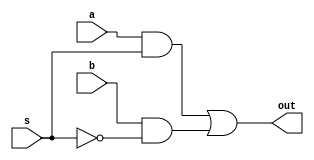
module mux2to1_gate (a, b, s, out);
  input a, b, s;
  output out;
  wire a1, a2, sn;
  
  
  not n1(sn, s);
  and and1(a1, a, s);
  and and2(a2, b, sn);
  
  or or1(out, a1, a2);
endmodule


//data flow modelling
module mux2to1_df(a,b,s,f);
  
input a, b, s;
  
output f;
  
assign f = s? a:b;
endmodule


//behavioralmodelling 
module mux2to1_beh(a,b,s,f);  
  
input a,b,s;
  
output f;
  
  
reg f;
  
always@(s or a or b)
  
     if(s==1) f=a;

       else f = b;
endmodule


module testbench;
  reg a, b, s;
  wire f;
  mux2to1_gate m(a, b, s, f);
  initial
    begin
      $monitor(,$time, "a=%b, b=%b, s=%b, f=%b", a,b,s,f);
      #0 a=1'b0; b=1'b1;
      #2 s=1'b1;
      #5 s=1'b0;
      #10 a=1'b1; b=1'b0;
      #15  s=1'b1;
      #20  s=1'b0;
      #100 $finish;
  end
endmodule